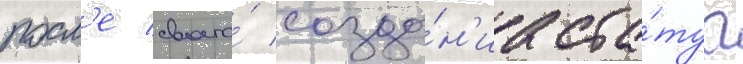
посл'е своего́ созда́н'иа ста́туа